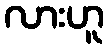
လားဟူ